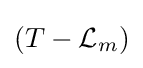
\left(T-{\mathcal {L}}_{m}\right)